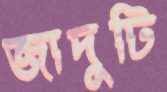
জাদুটি